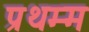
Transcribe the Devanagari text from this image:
प्रथम्म